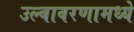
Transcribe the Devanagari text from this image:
उल्बावरणामध्ये